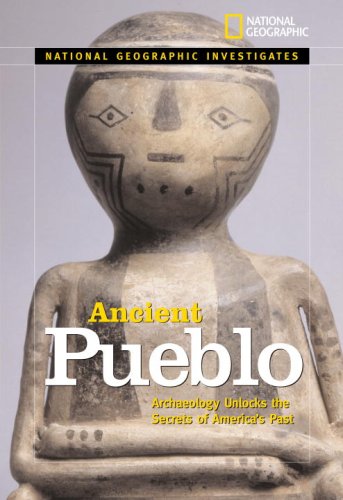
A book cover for National Geographic Investigates Ancient Pueblo: Archaeology Unlocks the Secrets of America's Past; Anita Croy; Children's Books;